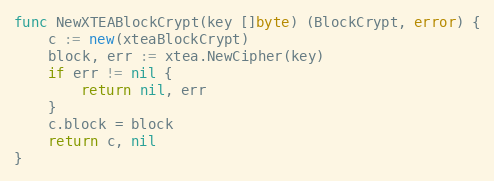
Language: Go
func NewXTEABlockCrypt(key []byte) (BlockCrypt, error) {
	c := new(xteaBlockCrypt)
	block, err := xtea.NewCipher(key)
	if err != nil {
		return nil, err
	}
	c.block = block
	return c, nil
}